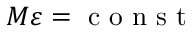
M \varepsilon = \mathrm { ~ c ~ o ~ n ~ s ~ t ~ }